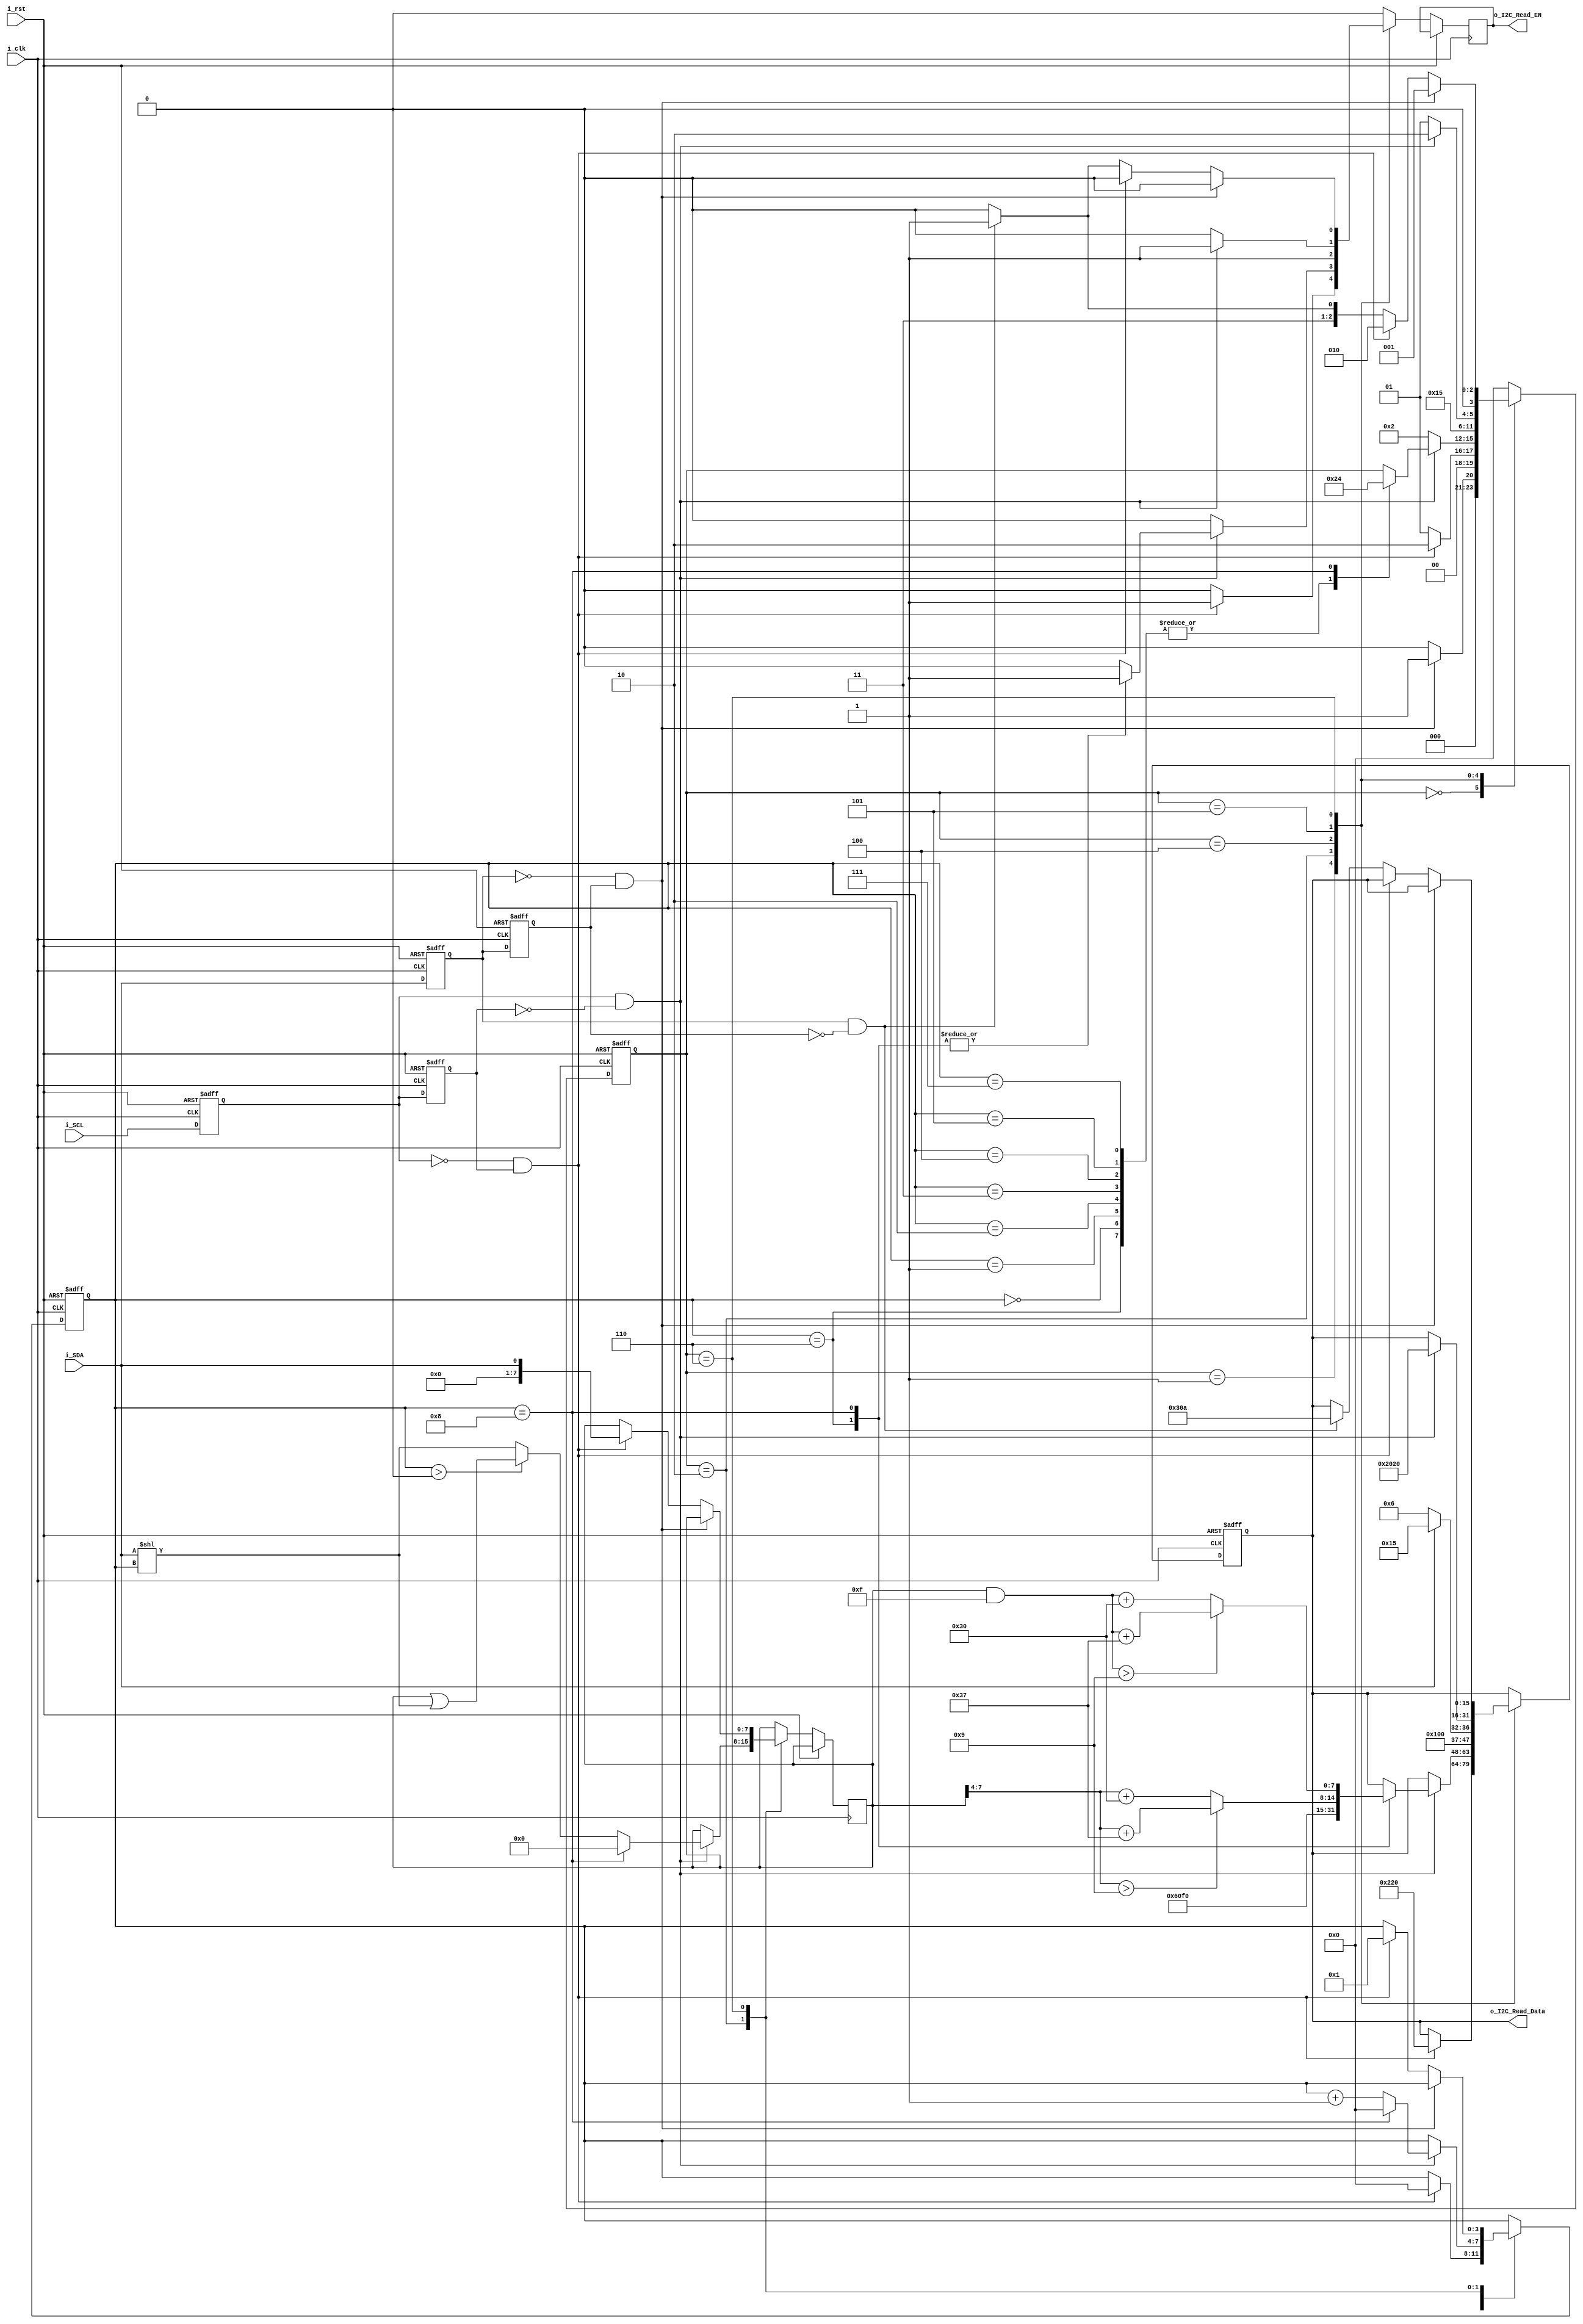
module i2c_parser (
    input        i_clk,			    // 50MHz input clock
    input        i_rst,             // Reset
    input        i_SDA,			    // I2C Data Physical GPIO Pin
    input        i_SCL,			    // I2C Clock Physical GPIO Pin
    output [15:0] o_I2C_Read_Data,    // I2C Read Data
    output       o_I2C_Read_EN     // I2C Read Enable
    );

    //localparam I2C_IDLE          = 4'd0;
    //localparam I2C_START         = 4'd1;
    //localparam I2C_BYTE          = 4'd2;
    //localparam I2C_ACK           = 4'd3;
    //localparam I2C_ACK_CLOSE     = 4'd4;
    //localparam I2C_WAIT          = 4'd5;
    //localparam I2C_START_OR_BYTE = 4'd6;
    //localparam I2C_STOP_OR_BYTE  = 4'd7;
    
    localparam I2C_IDLE            = 4'd0;
    localparam I2C_START           = 4'd1;
    localparam I2C_DATA            = 4'd2;
    localparam I2C_DATA_R          = 4'd3;
    localparam I2C_ACK             = 4'd4;
    localparam I2C_POST_ACK        = 4'd5;
    localparam I2C_TRI             = 4'd6;
    localparam I2C_STOP            = 4'd7;

    localparam ASCII_STX = 8'h02;
    localparam ASCII_ETX = 8'h03;
    localparam ASCII_ACK = 8'h06;
    localparam ASCII_NAK = 8'h15;
    localparam ASCII_LF  = 8'h0A;
    localparam ASCII_SPACE = 8'h20;
    localparam ASCII_ZERO = 8'h30;
    localparam ASCII_ONE  = 8'h31;
    localparam ASCII_TWO  = 8'h32;
    localparam ASCII_THREE = 8'h33;
    localparam ASCII_FOUR = 8'h34;
    localparam ASCII_FIVE = 8'h35;
    localparam ASCII_SIX  = 8'h36;
    localparam ASCII_SEVEN = 8'h37;
    localparam ASCII_EIGHT = 8'h38;
    localparam ASCII_NINE = 8'h39;
    localparam ASCII_A = 8'h41;
    localparam ASCII_B = 8'h42;
    localparam ASCII_C = 8'h43;
    localparam ASCII_D = 8'h44;
    localparam ASCII_E = 8'h45;
    localparam ASCII_F = 8'h46;
    localparam ASCII_x = 8'h78;


    // create working registers
    reg [3:0] r_I2C_status;     // I2C State Machine Status
    reg [3:0] r_bit_index;      // I2C DATA/ADDR byte counter
    reg [15:0] r_I2C_Read_Data;  // I2C DATA/ADDR byte value
    reg [7:0] r_I2C_Read_Buffer;  // I2C DATA/ADDR byte value
    reg       r_I2C_Read_EN;   // I2C Read Ready
    //reg       r_I2C_Read_EN_d;
    //reg       r_I2C_Read_EN_q;
    
    reg SDA_D, SDA_Q;
    reg SCL_D, SCL_Q;
    
    wire SDA_POSEDGE = SDA_D & !SDA_Q;
    wire SDA_NEGEDGE = !SDA_D & SDA_Q;
    wire SCL_POSEDGE = SCL_D & !SCL_Q;
    wire SCL_NEGEDGE = !SCL_D & SCL_Q;

    assign o_I2C_Read_Data = r_I2C_Read_Data;
    assign o_I2C_Read_EN = r_I2C_Read_EN;

    initial begin

      SDA_D <= 1'b1;
      SDA_Q <= 1'b1;
      SCL_D <= 1'b1;
      SCL_Q <= 1'b1;

      r_I2C_status <= I2C_IDLE; // start in idle state
      r_bit_index <= 4'h0; // start at zero
      r_I2C_Read_Data <= 8'h00; // start empty
      r_I2C_Read_EN <= 1'b0; // start low

    end

    always @(posedge i_clk, posedge i_rst) begin
      if (i_rst == 1'b1) begin
        SDA_D <= 1'b1;
        SDA_Q <= 1'b1;
        SCL_D <= 1'b1;
        SCL_Q <= 1'b1;
      end else begin
        SDA_D <= i_SDA;
        SDA_Q <= SDA_D;
        SCL_D <= i_SCL;
        SCL_Q <= SCL_D;
      end
    end

    always @(posedge i_clk, posedge i_rst)
      begin
        if (i_rst == 1'b1) begin
          r_I2C_status = I2C_IDLE;
          r_I2C_Read_Data = 8'd0;
          r_bit_index = 4'd0;
        end else begin
          r_I2C_Read_EN <= 1'b0;
          case (r_I2C_status)
            I2C_IDLE: begin
              if (SDA_NEGEDGE == 1'b1) begin
                r_I2C_status <= I2C_START;
              end else begin
                r_I2C_status <= I2C_IDLE;
              end
            end
            I2C_START: begin
              if (SCL_NEGEDGE == 1'b1) begin
                r_I2C_Read_Data <= {ASCII_STX, ASCII_SPACE};
                r_bit_index <= 4'd0;
                r_I2C_Read_EN <= 1'b1;
                r_I2C_status = I2C_DATA; 
              end else begin
                r_I2C_status = I2C_START;
              end
            end
            I2C_DATA: begin
              if (SCL_POSEDGE == 1'b1) begin
                r_I2C_Read_Buffer <= (r_bit_index > 0) ? (r_I2C_Read_Buffer | (i_SDA << r_bit_index))
                                                       : (i_SDA << r_bit_index);
                r_bit_index <= r_bit_index + 4'd1;
                case (r_bit_index)
                  4'd0: begin
                    r_I2C_status <= I2C_DATA;
                  end
                  4'd1: begin
                    r_I2C_status <= I2C_DATA;
                  end
                  4'd2: begin
                    r_I2C_status <= I2C_DATA;
                  end
                  4'd3: begin
                    r_I2C_status <= I2C_DATA;
                  end
                  4'd4: begin
                    r_I2C_status <= I2C_DATA;
                  end
                  4'd5: begin
                    r_I2C_status <= I2C_DATA;
                  end
                  4'd6: begin
                    r_I2C_Read_Data <= {ASCII_ZERO, ASCII_x};
                    r_I2C_Read_EN <= 1'b1;
                    r_I2C_status <= I2C_DATA;
                  end
                  4'd7: begin
                    r_I2C_status <= I2C_DATA;
                  end
                  4'd8: begin
                    r_I2C_Read_Data <= ((r_I2C_Read_Buffer >> 4) > 8'h09) ? ((r_I2C_Read_Buffer >> 4) + 8'h37) 
                                                                          : ((r_I2C_Read_Buffer >> 4) + 8'h30);
                    r_I2C_Read_Data <= {
                      ((r_I2C_Read_Buffer >> 4) > 8'h09) ? ((r_I2C_Read_Buffer >> 4) + 8'h37)
                                                         : ((r_I2C_Read_Buffer >> 4) + 8'h30),
                      ((r_I2C_Read_Buffer & 8'h0F) > 8'h09) ? ((r_I2C_Read_Buffer & 8'h0F) + 8'h37)
                                                         : ((r_I2C_Read_Buffer & 8'h0F) + 8'h30)
                    };
                    r_I2C_Read_EN <= 1'b1;
                    r_bit_index <= 4'd0;
                    r_I2C_Read_Buffer <= 8'd0;
                    r_I2C_status <= I2C_ACK;
                  end
                endcase
              end else begin
                r_I2C_status <= I2C_DATA;
              end
            end
            I2C_ACK: begin
              if (i_SDA == 1'b0) begin
                r_I2C_Read_Data <= {ASCII_SPACE, ASCII_ACK};
              end else begin
                r_I2C_Read_Data <= {ASCII_SPACE, ASCII_NAK};
              end
              r_I2C_Read_EN <= 1'b1;
              r_I2C_status <= I2C_POST_ACK;
            end
            I2C_POST_ACK: begin
              if (SCL_POSEDGE == 1'b1) begin
                r_I2C_status <= I2C_TRI;
                r_I2C_Read_Data <= {ASCII_SPACE, ASCII_SPACE};
                r_I2C_Read_EN <= 1'b1;
              end else begin
                r_I2C_status <= I2C_POST_ACK;
              end
            end
            I2C_TRI: begin
              if (SDA_NEGEDGE == 1'b1) begin
                r_I2C_status <= I2C_START;
              end else if (SCL_NEGEDGE == 1'b1) begin
                r_I2C_Read_Buffer <= (i_SDA << 0);
                r_bit_index <= 4'd1;
                r_I2C_status <= I2C_DATA;
              end else if (SDA_POSEDGE == 1'b1) begin
                r_I2C_status <= I2C_STOP;
                r_I2C_Read_Data <= {ASCII_ETX, ASCII_LF};
                r_I2C_Read_EN <= 1'b1;
              end else begin
                r_I2C_status <= I2C_TRI;
              end
            end
            I2C_STOP: begin
              //r_I2C_Read_Data <= ASCII_LF;
              //r_I2C_Read_EN <= 1'b1;
              r_I2C_status <= I2C_IDLE;
            end
            default: begin
              r_I2C_status <= I2C_IDLE;
            end
          endcase
        end
      end
    
    //always @(posedge i_clk) begin
    //  r_I2C_Read_EN_d <= r_I2C_Read_EN;
    //  r_I2C_Read_EN_q <= r_I2C_Read_EN_d;
    //  if (r_I2C_Read_EN_d == 1'b1 && r_I2C_Read_EN_q == 1'b0) begin
    //    o_I2C_Read_EN <= 1'b1;
    //  end else begin
    //    o_I2C_Read_EN <= 1'b0;
    //  end
    //end

    //always @(i_SCL, i_SDA, i_rst) begin
    //    if (i_rst == 1'b1) begin
    //        r_I2C_status <= I2C_IDLE;
    //        r_I2C_Read_Data <= 8'd0;
    //        r_bit_index <= 4'd0;
    //    end
    //    r_I2C_Read_EN = 1'b0;
    //    case (r_I2C_status)
    //      I2C_IDLE : begin
    //        if (i_SCL==1'b1 & i_SDA==1'b0) begin
    //            r_I2C_status <= I2C_START;
    //        end
    //      end
    //      I2C_START : begin
    //        if (i_SCL==1'b0 & i_SDA==1'b0) begin
    //            r_I2C_Read_Data <= 8'd83;
    //            r_I2C_Read_EN <= 1'b1;
    //            r_I2C_status <= I2C_BYTE;
    //        end
    //      end
    //      I2C_BYTE : begin
    //        if (i_SCL==1'b1) begin
    //            r_I2C_Read_Data <= (r_bit_index > 0) ? (r_I2C_Read_Data | (i_SDA << r_bit_index))
    //                                                : (i_SDA << r_bit_index);
    //            r_bit_index <= r_bit_index + 4'd1;
    //            if (r_bit_index == 4'd8) begin
    //                r_I2C_Read_EN <= 1'b1;
    //                r_I2C_status <= I2C_ACK;
    //                r_bit_index <= 4'd0;
    //            end
    //        end
    //      end
    //      I2C_ACK : begin
    //        if (i_SCL==1'b1) begin
    //            if (i_SDA==1'b0) begin
    //                r_I2C_Read_Data <= 8'd65;
    //            end
    //            else begin
    //                r_I2C_Read_Data <= 8'd78;
    //            end
    //            r_I2C_Read_EN <= 1'b1;
    //            r_I2C_status <= I2C_ACK_CLOSE;
    //        end
    //      end
    //      I2C_ACK_CLOSE : begin
    //        if (i_SCL==1'b0) begin
    //            r_I2C_Read_EN <= 1'b0;
    //            r_I2C_status <= I2C_WAIT;
    //        end
    //      end
    //      I2C_WAIT : begin
    //        if (i_SCL==1'b1) begin
    //            r_I2C_status <= I2C_STOP_OR_BYTE;
    //        end
    //        else begin
    //            r_I2C_status <= I2C_START_OR_BYTE;
    //        end
    //      end
    //      I2C_START_OR_BYTE : begin
    //        if (i_SCL==1'b1 & r_bit_index!==4'd1) begin     // A bit of a cheese, but it works:
    //            r_I2C_Read_Data <= i_SDA;						 // r_bit_index==0 immediately after exiting 
    //            r_bit_index <= 4'd1;								 // I2C_WAIT. Therefore, if r_bit_index==1,
    //        end													 // we are entering the I2C_START_OR_BYTE block
    //        else if (i_SCL==1'b0 & r_bit_index==4'd1) begin // for the second time (after SCL has gone 0->1)
    //            r_I2C_Read_Data <= i_SDA << r_bit_index;			 // If the next transition is SCL 1->0, then this
    //            r_I2C_status <= I2C_BYTE;							 // is another byte R/W. Otherwise, SDA has
    //        end else begin // Repeated Start					 // transitioned whilst SCL was high, so this 
    //            r_I2C_Read_Data <= 8'd83;								 // indicates a repeated start.
    //            r_bit_index <= 4'd0;
    //            r_I2C_Read_EN <= 1'b1;
    //            r_I2C_status <= I2C_BYTE;
    //        end
    //      end
    //      I2C_STOP_OR_BYTE : begin
    //        if (i_SDA==1'b1) begin // STOP
    //            r_I2C_Read_Data <= 8'd80;
    //            r_I2C_Read_EN <= 1'b1;
    //            r_I2C_status <= I2C_IDLE;
    //        end else begin // BYTE
    //            r_I2C_Read_Data <= i_SDA << r_bit_index;
    //            r_bit_index <= 4'd1;
    //            r_I2C_status <= I2C_BYTE;
    //        end
    //      end
    //      default : begin
    //        r_I2C_status <= I2C_IDLE;
    //      end
    //    endcase
    //end

endmodule